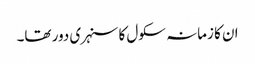
ان کا زمانہ سکول کا سنہری دور تھا۔